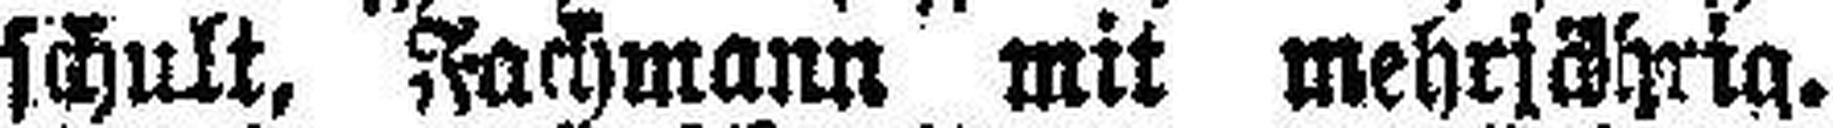
schult, Fachmann mit mehrjährig.